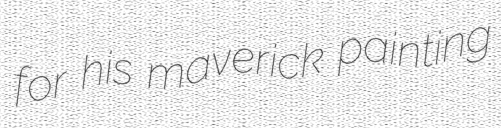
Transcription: for his maverick painting